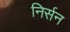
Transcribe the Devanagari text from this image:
निर्सन